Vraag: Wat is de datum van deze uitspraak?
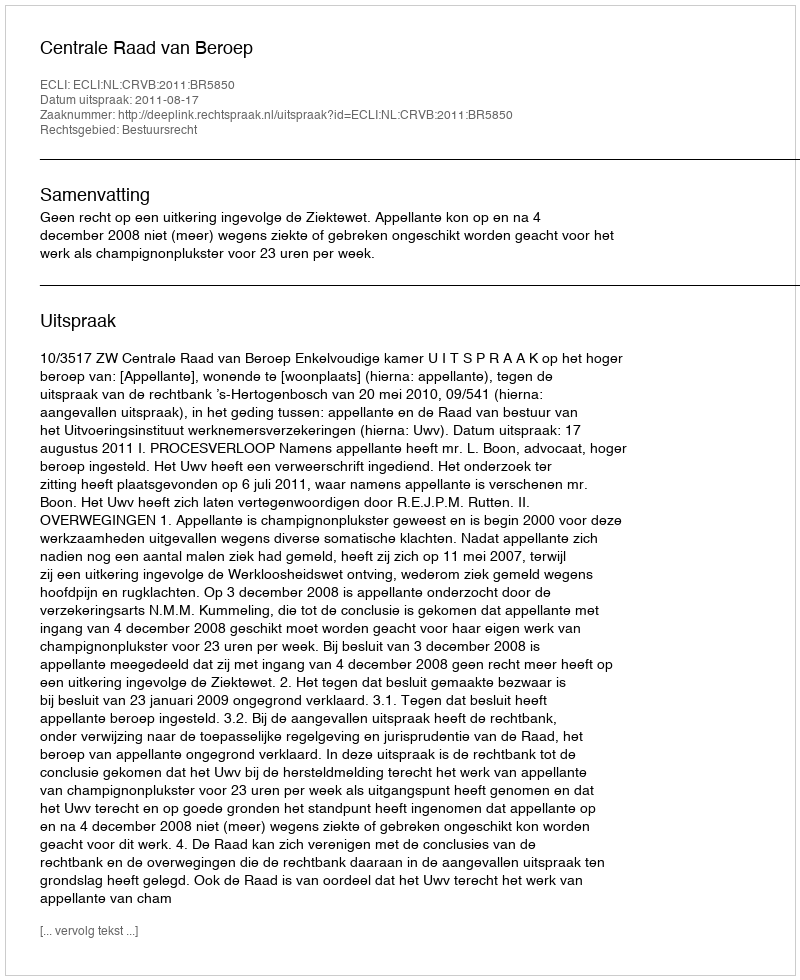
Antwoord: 2011-08-17